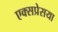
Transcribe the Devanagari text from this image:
एक्सप्रेसया